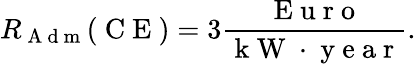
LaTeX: R_{\mathrm{~A~d~m~}}(\mathrm{~C~E~})=3\frac{\mathrm{~E~u~r~o~}}{\mathrm{~k~W~}\cdot\mathrm{~y~e~a~r~}}.